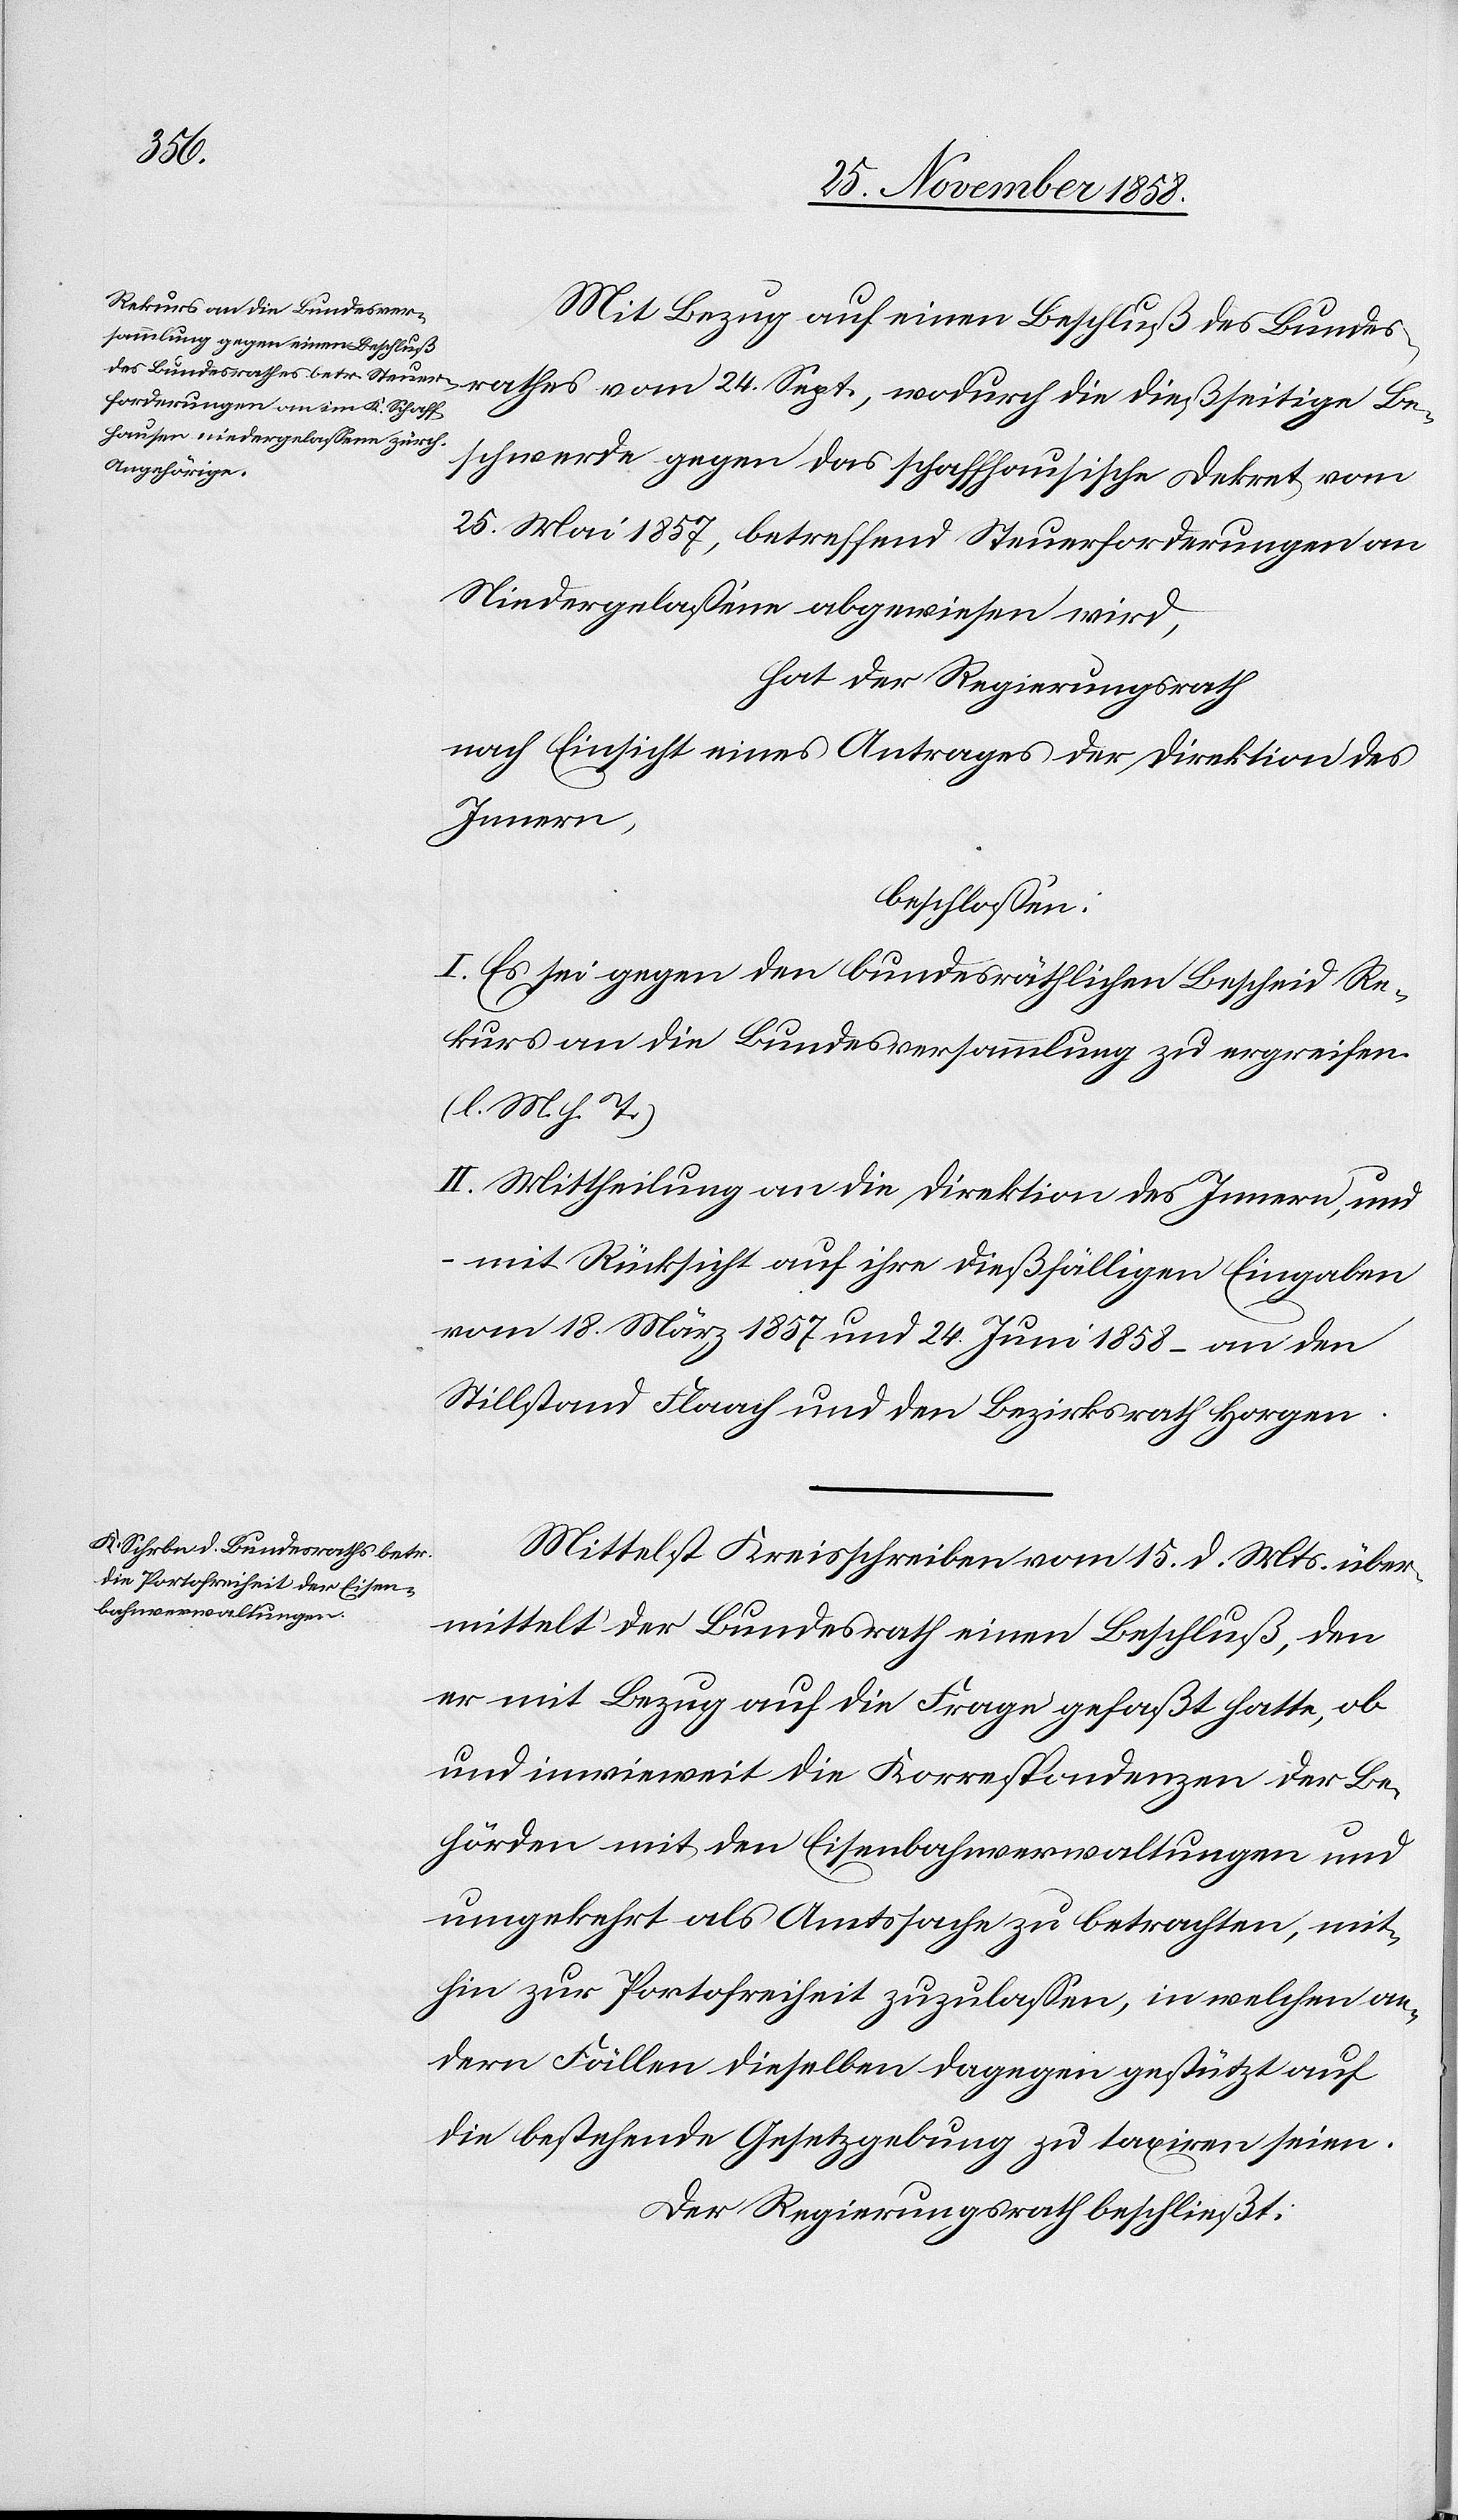
24.
Mit Bezug auf einen Beschluß des Bundes¬
Beschwerde gegen das schaffhausische Dekret vom
25. Mai 1857, betreffend Steuerforderungen an
Niedergelassene abgewiesen wird,
hat der Regierungsrath
nach Einsicht eines Antrages der Direktion des
Innern,
beschlossen:
I. Es sei gegen den bundesräthlichen Bescheid Re¬
kurs an die Bundesversammlung zu ergreifen.
(l. M. h. T.)
II. Mittheilung an die Direktion des Innern, und
mit Rücksicht auf ihre dießfälligen Eingaben
vom 18. März 1857 und 24. Juni 1858 – an den
Stillstand Flaach und den Bezirksrath Horgen.
Mittelst Kreisschreiben vom 15. d. Mts. über¬
mittelt der Bundesrath einen Beschluß, den
er mit Bezug auf die Frage gefaßt hatte, ob
und inwieweit die Korrespondenzen der Be¬
hörden mit den Eisenbahnverwaltungen und
umgekehrt als Amtssache zu betrachten, mit¬
hin zur Portofreiheit zuzulassen, in welchen an¬
dern Fällen dieselben dagegen gestützt auf
die bestehende Gesetzgebung zu taxiren seien.
Der Regierungsrath beschließt: